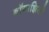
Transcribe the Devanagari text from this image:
बॉगाझिसी